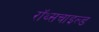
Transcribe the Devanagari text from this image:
रॉथ्सचाइल्ड